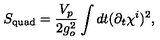
S _ { \mathrm { q u a d } } = \frac { V _ { p } } { 2 g _ { o } ^ { 2 } } \int d t ( \partial _ { t } \chi ^ { i } ) ^ { 2 } ,